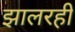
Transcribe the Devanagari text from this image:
झालरही